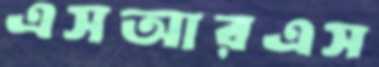
এসআরএস